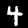
Label: 4